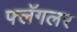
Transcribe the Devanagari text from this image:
फ्लॅगलर